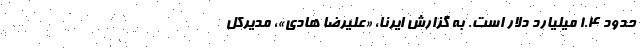
حدود ۱.۴ میلیارد دلار است. به گزارش ایرنا، «علیرضا هادی»، مدیرکل